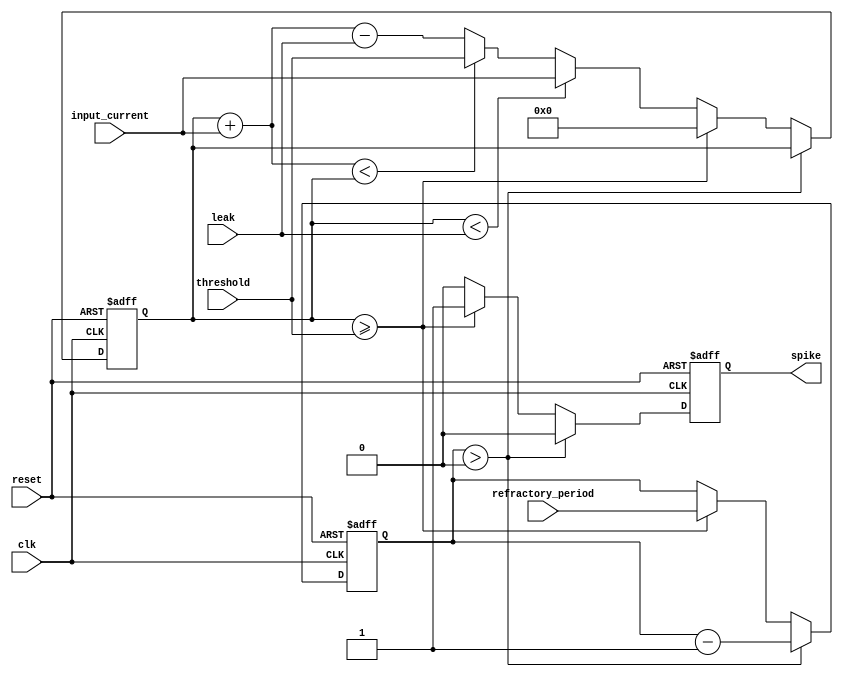
module LeakyIntegrateFireNeuron(
    input wire clk,                    // Clock input
    input wire reset,                  // Reset signal
    input wire [7:0] input_current,    // Input current (8-bit fixed-point)
    input wire [7:0] threshold,        // Firing threshold as input (8-bit fixed-point)
    input wire [7:0] leak,             // Leak amount as input (8-bit fixed-point)
    input wire [5:0] refractory_period,// Refractory period in clock cycles (6 bits)
    output reg spike                   // Spike output signal
    );

    // Internal registers
    reg [7:0] voltage;                // Membrane voltage (8-bit fixed-point)
    reg [5:0] refractory_counter;     // Counter for refractory period (6 bits)

    // Parameters for neuron dynamics
    parameter [7:0] reset_voltage = 8'h00; // Voltage reset value (8-bit fixed-point)

    always @(posedge clk or posedge reset) begin
        if (reset) begin
            // Reset the voltage, spike signal, and refractory counter
            voltage <= reset_voltage;
            spike <= 0;
            refractory_counter <= 0;
        end
        else if (refractory_counter > 0) begin
            // Decrease refractory counter if neuron is in refractory period
            refractory_counter <= refractory_counter - 1;
            spike <= 0; // Ensure spike is not asserted during refractory period
        end
        else begin
            // Handle underflow condition
            if (voltage < leak) begin
                voltage <= input_current; // Set voltage to current if potential leak causes underflow
            end
            else begin
                // Integrate the input current, accounting for leakage
                // Check for overflow condition before adding
                if (voltage + input_current < voltage) begin
                    voltage <= threshold; // Set voltage to threshold if adding current causes overflow
                end
                else begin
                    // Normal case, integrate input current accounting for leak
                    voltage <= voltage + input_current - leak;
                end
            end

            // Check for firing threshold
            if (voltage >= threshold) begin
                spike <= 1;                    // Generate spike
                voltage <= reset_voltage;      // Reset voltage
                refractory_counter <= refractory_period; // Set refractory counter
            end
            else begin
                spike <= 0;                    // No spike
            end
        end
    end
endmodule